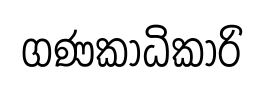
ගණකාධිකාරි